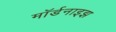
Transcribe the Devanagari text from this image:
मॉर्डनाइझ